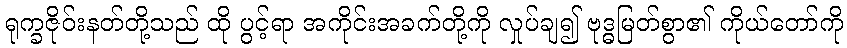
ရုက္ခဇိုဝ်းနတ်တို့သည် ထို ပွင့်ရာ အကိုင်းအခက်တို့ကို လှုပ်ချ၍ ဗုဒ္ဓမြတ်စွာ၏ ကိုယ်တော်ကို